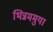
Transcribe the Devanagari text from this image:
भिन्नममुया